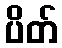
ပိတ်